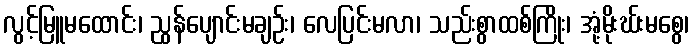
လွင့်မြူမထောင်း၊ ညွန်ပျောင်းမချဉ်း၊ လေပြင်းမလာ၊ သည်းစွာထစ်ကြိုး၊ အုံ့မိုးဃ်းမစွေ၊